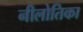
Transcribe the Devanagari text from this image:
नीलोतिका